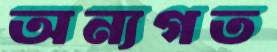
অন্যগত